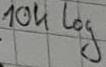
Text: 10k log